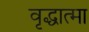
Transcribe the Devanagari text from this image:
वृद्धात्मा